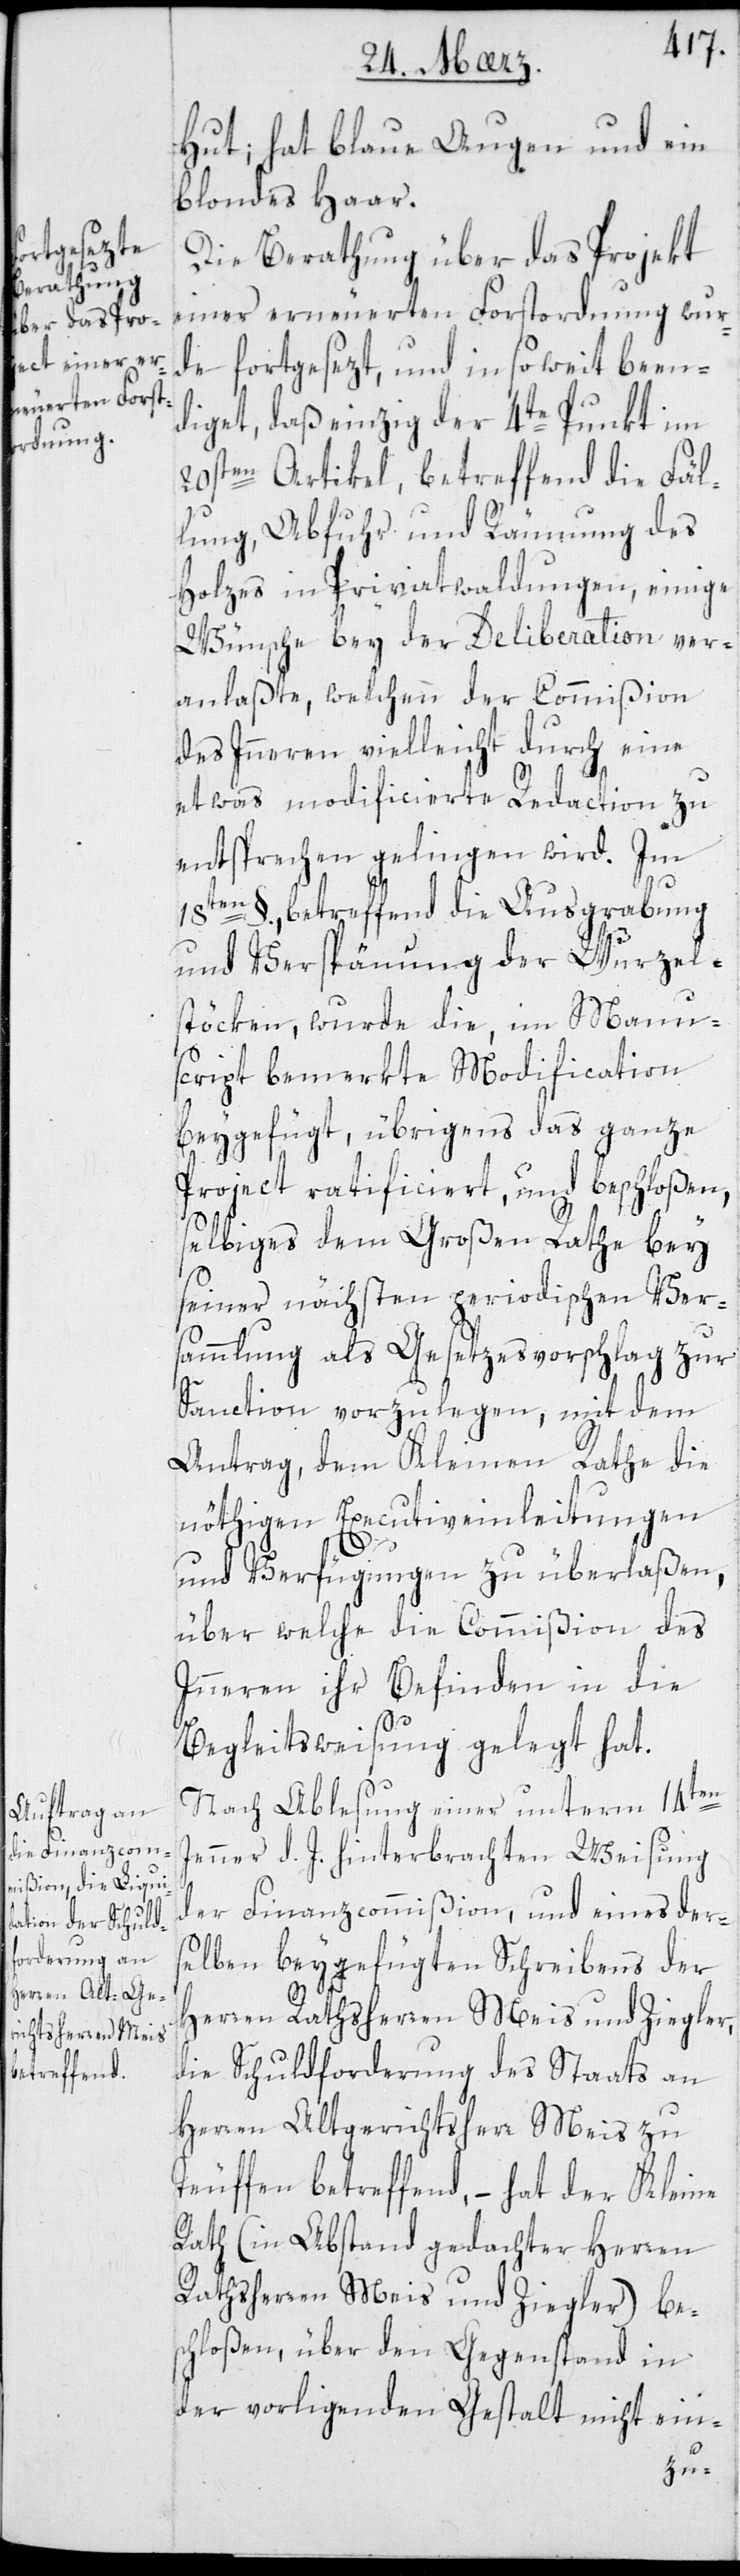
Hut; hat blaue Augen und ein
blondes Haar.
Die Berathung über das Projekt
einer erneuerten Forstordnung wur¬
de fortgesezt, und in so weit been¬
diget, daß einzig der 4te Punkt im
20sten Artikel, betreffend die Fäl¬
lung, Abfuhr und Räumung des
Holzes in Privatwaldungen, einige
Wünsche bey der Deliberation ver¬
anlaßte, welchen der Commißion
des Innern vielleicht durch eine
etwas modificierte Redaction zu
entsprechen gelingen wird. Im
18ten §., betreffend die Ausgrabung
und Verspänung der Wurzel¬
stöcken, wurde die im Manu¬
script bemerkte Modification
beygefügt, übrigens das ganze
Project ratificiert und beschloßen,
selbiges dem Großen Rathe bey
seiner nächsten periodischen Ver¬
sammlung als Gesetzesvorschlag zur
Sanction vorzulegen, mit dem
Antrag, dem Kleinen Rathe die
nöthigen Executiveinleitungen
und Verfügungen zu überlaßen,
über welche die Commißion des
Innern ihr Befinden in die
Begleitsweisung gelegt hat.
Nach Ablesung einer unterm 14ten
Jenner d. J. hinterbrachten Weisung
der Finanzcommißion, und eines der¬
selben beygefügten Schreibens der
Herren Rathsherren Meis und Ziegler,
die Schuldforderung des Staats an
Herren Altgerichtsherr Meis zu
Teufen betreffend, – hat der Kleine
Rath (in Abstand gedachter Herren
Rathsherren Meis und Ziegler) bes¬
chloßen, über den Gegenstand in
der vorliegenden Gestalt nicht ein-